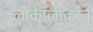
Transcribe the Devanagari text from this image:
लोकांलोकांत